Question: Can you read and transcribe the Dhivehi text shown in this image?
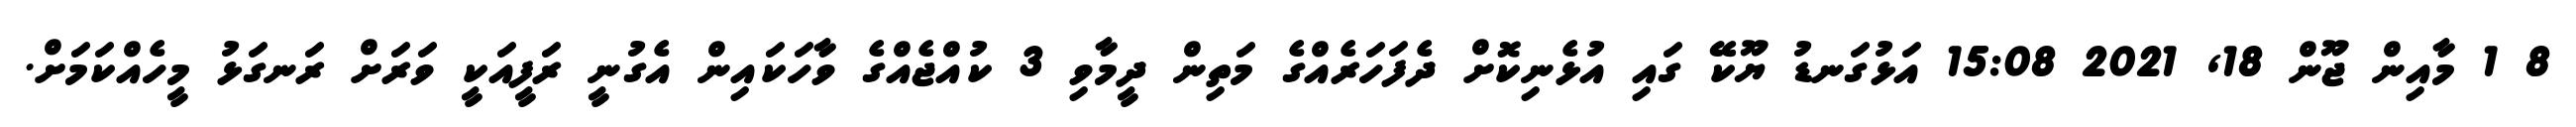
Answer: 8 1 މާއިން ޖޫން 18, 2021 15:08 އަޅުގަނޑު ޔޫކޭ ގައި އުޅެނިކޮށް ދެފަހަރެއްގެ މަތިން ދީމާވި 3 ކުއްޖެއްގެ ވާހަކައިން އެގުނީ ރަފީއަކީ ވަރަށް ރަނގަޅު މީހެއްކަމަށް.